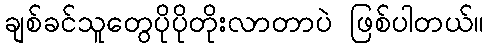
ချစ်ခင်သူတွေပိုပိုတိုးလာတာပဲ ဖြစ်ပါတယ်။